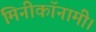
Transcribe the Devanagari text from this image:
मिनीकॉनामी।